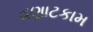
વણાટકામ